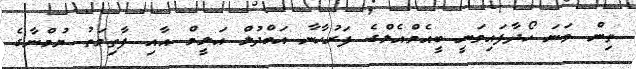
ތިން ވަނަ ހޯދާފައިވަނީ ބީއެމްއެލްގެ ފަރުހާނާ އަބްދުލް އަލީމް އާއި ފާތިމަތު ޔުމްނާގެ